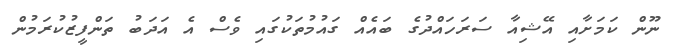
ނޫން ކަމަށާއި އޭޝިއާ ސަރަހައްދުގެ ބައެއް ގައުމުތަކުގައި ވެސް އެ އަދަބު ތަންފީޒުކުރަމުން